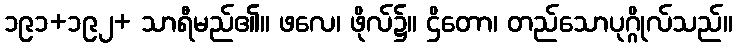
၁၉၁+၁၉၂+ သာရီမည်၏။ ဖလေ၊ ဖိုလ်၌။ ဌိတော၊ တည်သောပုဂ္ဂိုလ်သည်။